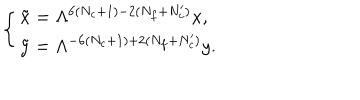
\left\{ \begin{array} { l } { { \tilde { x } = \Lambda ^ { 6 ( N _ { c } + 1 ) - 2 ( N _ { f } + N _ { c } ^ { \prime } ) } x , } } \\ { { \tilde { y } = \Lambda ^ { - 6 ( N _ { c } + 1 ) + 2 ( N _ { f } + N _ { c } ^ { \prime } ) } y . } } \\ \end{array} \right.